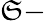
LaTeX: \mathfrak{S}-